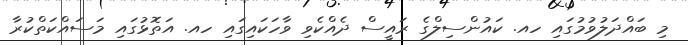
މި ބައްދަލުވުމުގައި ހއ. ކައުންސިލްގެ ރައީސް ދެއްކެވި ވާހަކައިގައި ހއ. އަތޮޅުގައި މަސައްކަތްކުރާ